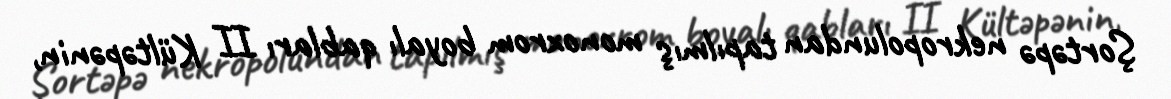
Şortəpə nekropolundan tapılmış monoxrom boyalı qabları II Kültəpənin,